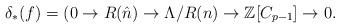
LaTeX: \begin{align*}\delta_*(f)=(0 \rightarrow R(\hat{n}) \rightarrow \Lambda/R(n) \rightarrow \mathbb{Z}[C_{p-1}] \rightarrow 0.\end{align*}